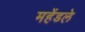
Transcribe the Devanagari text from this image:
महेंडले